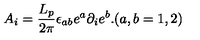
A _ { i } = \frac { L _ { p } } { 2 \pi } \epsilon _ { a b } e ^ { a } \partial _ { i } e ^ { b } . ( a , b = 1 , 2 )